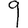
Digit: 9